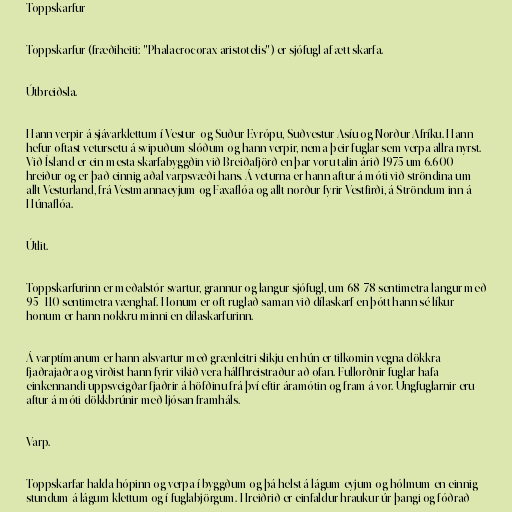
Toppskarfur

Toppskarfur (fræðiheiti: "Phalacrocorax aristotelis") er sjófugl af ætt skarfa.

Útbreiðsla.

Hann verpir á sjávarklettum í Vestur- og Suður-Evrópu, Suðvestur-Asíu og Norður-Afríku. Hann
hefur oftast vetursetu á svipuðum slóðum og hann verpir, nema þeir fuglar sem verpa allra nyrst.
Við Ísland er ein mesta skarfabyggðin við Breiðafjörð en þar voru talin árið 1975 um 6.600
hreiður og er það einnig aðal varpsvæði hans. Á veturna er hann aftur á móti við ströndina um
allt Vesturland, frá Vestmannaeyjum og Faxaflóa og allt norður fyrir Vestfirði, á Ströndum inn á
Húnaflóa.

Útlit.

Toppskarfurinn er meðalstór svartur, grannur og langur sjófugl, um 68-78 sentimetra langur með
95–110 sentimetra vænghaf. Honum er oft ruglað saman við dílaskarf en þótt hann sé líkur
honum er hann nokkru minni en dílaskarfurinn.

Á varptímanum er hann alsvartur með grænleitri slikju en hún er tilkomin vegna dökkra
fjaðrajaðra og virðist hann fyrir vikið vera hálfhreistraður að ofan. Fullorðnir fuglar hafa
einkennandi uppsveigðar fjaðrir á höfðinu frá því eftir áramótin og fram á vor. Ungfuglarnir eru
aftur á móti dökkbrúnir með ljósan framháls.

Varp.

Toppskarfar halda hópinn og verpa í byggðum og þá helst á lágum eyjum og hólmum en einnig
stundum á lágum klettum og í fuglabjörgum. Hreiðrið er einfaldur hraukur úr þangi og fóðrað